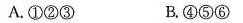
A.①②③ B.④⑤⑥